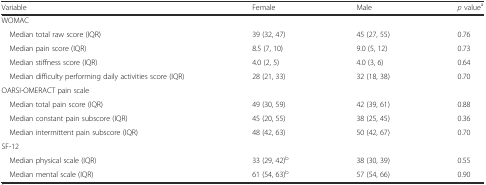
<table><thead><tr><td><b>Variable</b></td><td><b>Female</b></td><td><b>Male</b></td><td><b><i>p</i> value<sup>a</sup></b></td></tr></thead><tbody><tr><td>WOMAC</td><td></td><td></td><td></td></tr><tr><td> Median total raw score (IQR)</td><td>39 (32, 47)</td><td>45 (27, 55)</td><td>0.76</td></tr><tr><td> Median pain score (IQR)</td><td>8.5 (7, 10)</td><td>9.0 (5, 12)</td><td>0.73</td></tr><tr><td> Median stiffness score (IQR)</td><td>4.0 (2, 5)</td><td>4.0 (3, 6)</td><td>0.64</td></tr><tr><td> Median difficulty performing daily activities score (IQR)</td><td>28 (21, 33)</td><td>32 (18, 38)</td><td>0.70</td></tr><tr><td>OARSI-OMERACT pain scale</td><td></td><td></td><td></td></tr><tr><td> Median total pain score (IQR)</td><td>49 (30, 59)</td><td>42 (39, 61)</td><td>0.88</td></tr><tr><td> Median constant pain subscore (IQR)</td><td>45 (20, 55)</td><td>38 (25, 45)</td><td>0.36</td></tr><tr><td> Median intermittent pain subscore (IQR)</td><td>48 (42, 63)</td><td>50 (42, 67)</td><td>0.70</td></tr><tr><td>SF-12</td><td></td><td></td><td></td></tr><tr><td> Median physical scale (IQR)</td><td>33 (29, 42)<sup>b</sup></td><td>38 (30, 39)</td><td>0.55</td></tr><tr><td> Median mental scale (IQR)</td><td>61 (54, 63)<sup>b</sup></td><td>57 (54, 66)</td><td>0.90</td></tr></tbody></table>